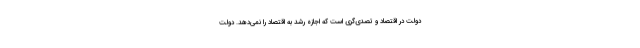
دولت در اقتصاد و تصدی‌گری است که اجازه رشد به اقتصاد را نمی‌دهد. دولت